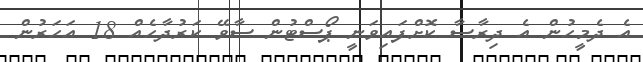
އެ ދެމީހުން އެ ދިރާސާ ކޮށްފައިވަނީ ޕޯސްޓުން ސާވޭ ކަރުދާހެއް 18 އަހަރުން